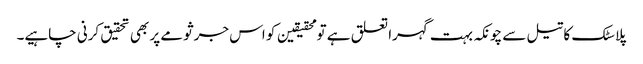
پلاسٹک کا تیل سے چونکہ بہت گہرا تعلق ہے تو محقیقین کو اس جرثومے پر بھی تحقیق کرنی چاہیے۔